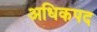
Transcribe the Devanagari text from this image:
अधिकपद